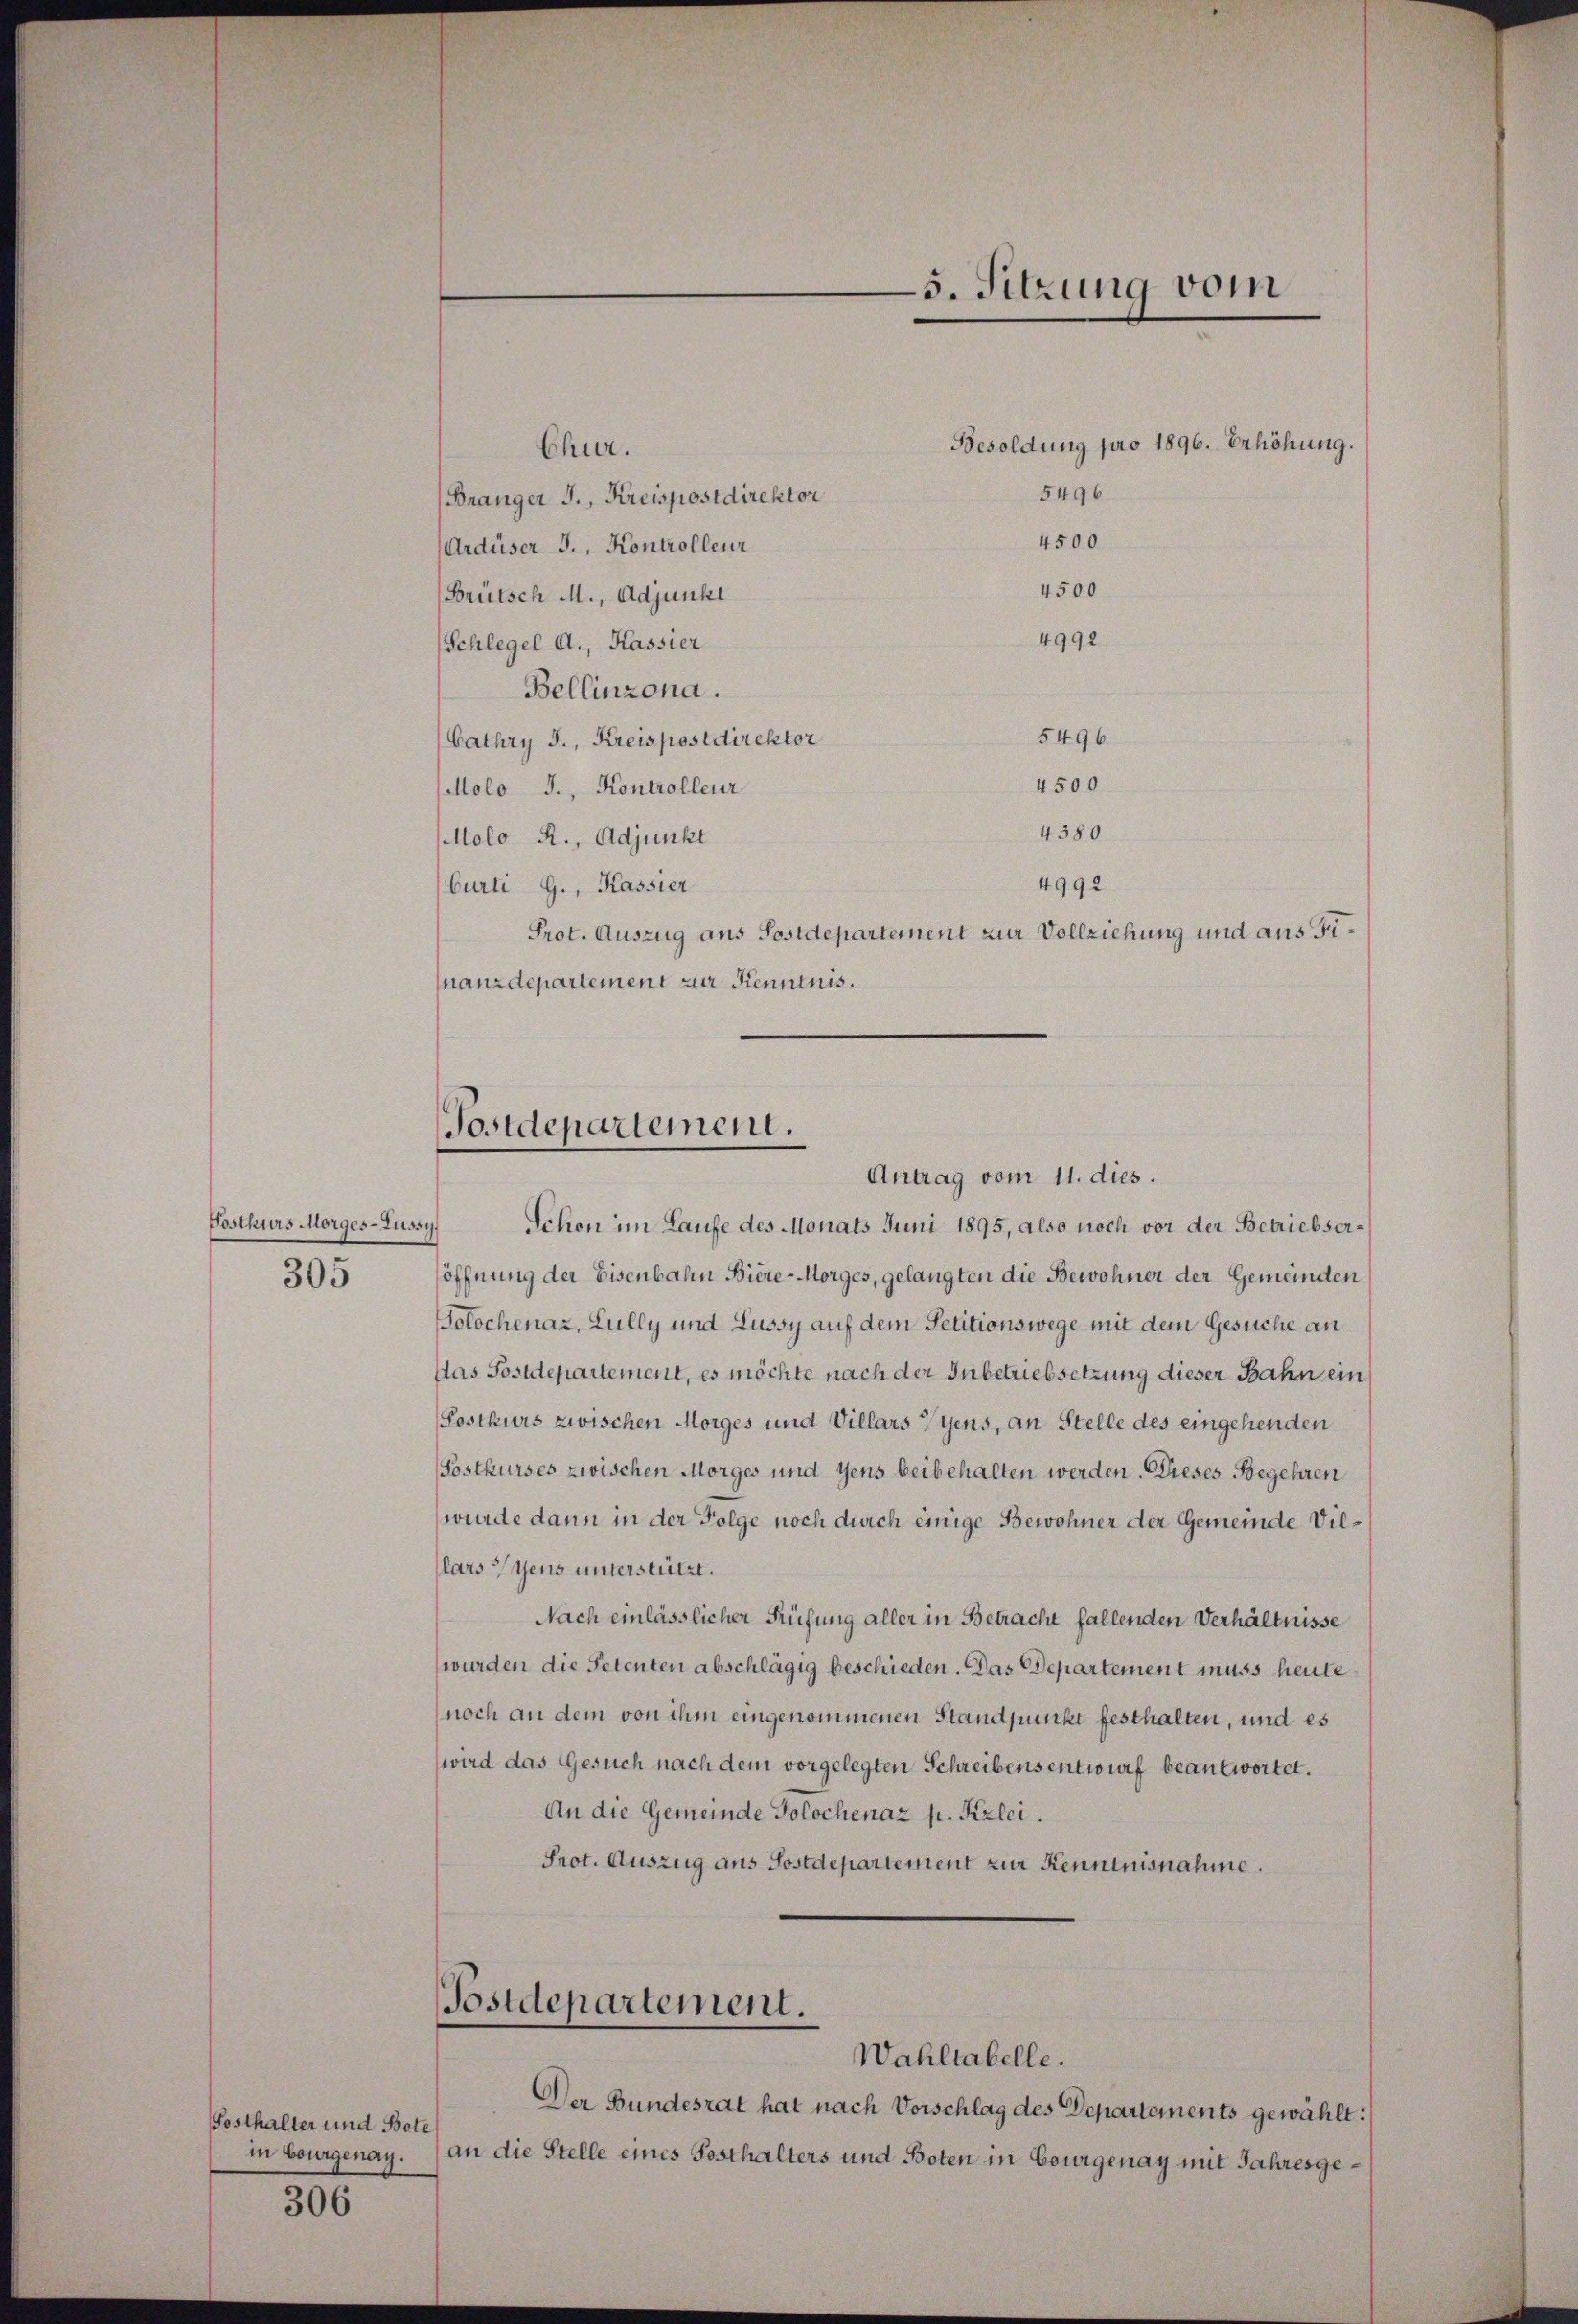
Posthurs Morges-Lussy
305

Fosthalter und Bote
in bourgenay.

306

Chur.
5496
(Bränger J., Kreispostdirektor
4500
Ardüser J., Kontrolleur
4500
(Brütsch M., Adjunkt
4992
Schlegel A., Kassier
Bellinzona.
5496
Cathry S., Kreispostdirektor
4500
Molo J., Kontrolleur
4380
MMolo R., Adjunkt
4992
Curti G., Kassier
Prot. Auszug aus Postdepartement zur Vollziehung und aus Finanzdepartement zur Kenntnis.

Postdepartement.
Antrag vom 11. dies.

Schon im Laufe des Monats Juni 1895, also noch vor der Betriebseröffnung der Eisenbahn Biere-Morges, gelangten die Bewohner der Gemeinden
olochenaz, Lully und Lussy auf dem Petitionswege mit dem Gesuche an
Das Postdepartement, es möchte nach der Inbetriebsetzung dieser Bahn ein
Postkurs zwischen Morges und Villars fyens, an Stelle des eingehenden
Postkurses zwischen Morges und Gens beibehalten werden. Dieses Begehren
wurde dann in der Folge noch durch einige Bewohner der Gemeinde Villarstens unterstützt.
Nach einlässlicher Prüfung aller in Betracht fallenden Verhältnisse
(wurden die Petenten abschlägig beschieden. Das Departement muss heute
noch an dem von ihm eingenommenen Standpunkt festhalten, und es
wird das Gesuch nach dem vorgelegten Schreibensentwurf beantwortet.
An die Gemeinde Golochenaz p. Kzlei.
Prot. Auszug aus Sostdepartement zur Kenntnisnahme.

5. Sitzung vom

Postdepartement.
Wahltabelle.

Besoldung pro 1896. Erhöhung.

Der Bundesrat hat nach Vorschlag des Departements gewählt:
an die Stelle eines Posthalters und Boten in Courgenay mit Jahresge¬